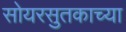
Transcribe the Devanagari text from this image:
सोयरसुतकाच्या